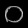
Digit: ၀